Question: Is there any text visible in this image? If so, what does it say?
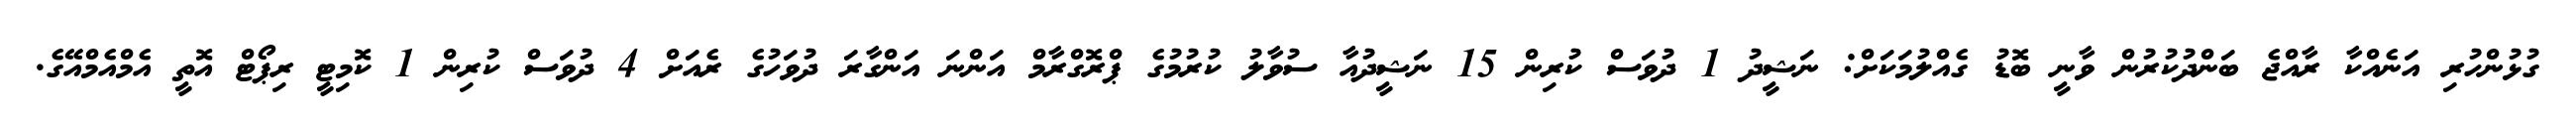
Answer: ގުޅުންހުރި އަނެއްކާ ރާއްޖެ ބަންދުކުރުން ވާނީ ބޮޑު ގެއްލުމަކަށް: ނަޝީދު 1 ދުވަސް ކުރިން 15 ނަޝީދުއާ ސުވާލު ކުރުމުގެ ޕްރޮގްރާމް އަންނަ އަންގާރަ ދުވަހުގެ ރެއަށް 4 ދުވަސް ކުރިން 1 ކޮމިޓީ ރިޕޯޓް އޮތީ އެމްއެމްއޭގެ.